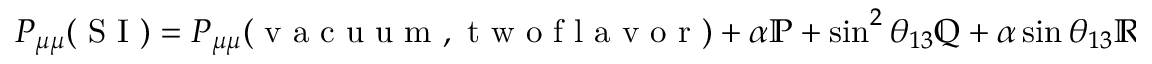
\begin{array} { r } { P _ { \mu \mu } ( \mathrm { ~ S ~ I ~ } ) = P _ { \mu \mu } ( \mathrm { ~ v ~ a ~ c ~ u ~ u ~ m ~ } , \mathrm { ~ t ~ w ~ o ~ f ~ l ~ a ~ v ~ o ~ r ~ } ) + \alpha \mathbb { P } + \sin ^ { 2 } \theta _ { 1 3 } \mathbb { Q } + \alpha \sin \theta _ { 1 3 } \mathbb { R } , } \end{array}